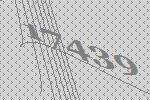
17439